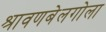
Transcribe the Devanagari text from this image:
श्रावणबेलगोला